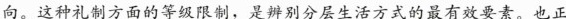
向。这种礼制方面的等级限制，是辨别分层生活方式的最有效要素。也正